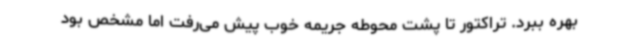
بهره ببرد. تراکتور تا پشت محوطه جریمه خوب پیش می‌رفت اما مشخص بود